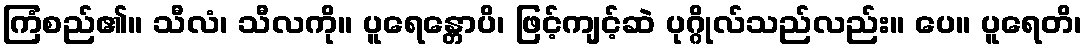
ကြံစည်၏။ သီလံ၊ သီလကို။ ပူရေန္တောပိ၊ ဖြင့်ကျင့်ဆဲ ပုဂ္ဂိုလ်သည်လည်း။ ပေ။ ပူရေတိ၊